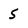
Character: 5